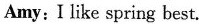
Amy: I like spring best.